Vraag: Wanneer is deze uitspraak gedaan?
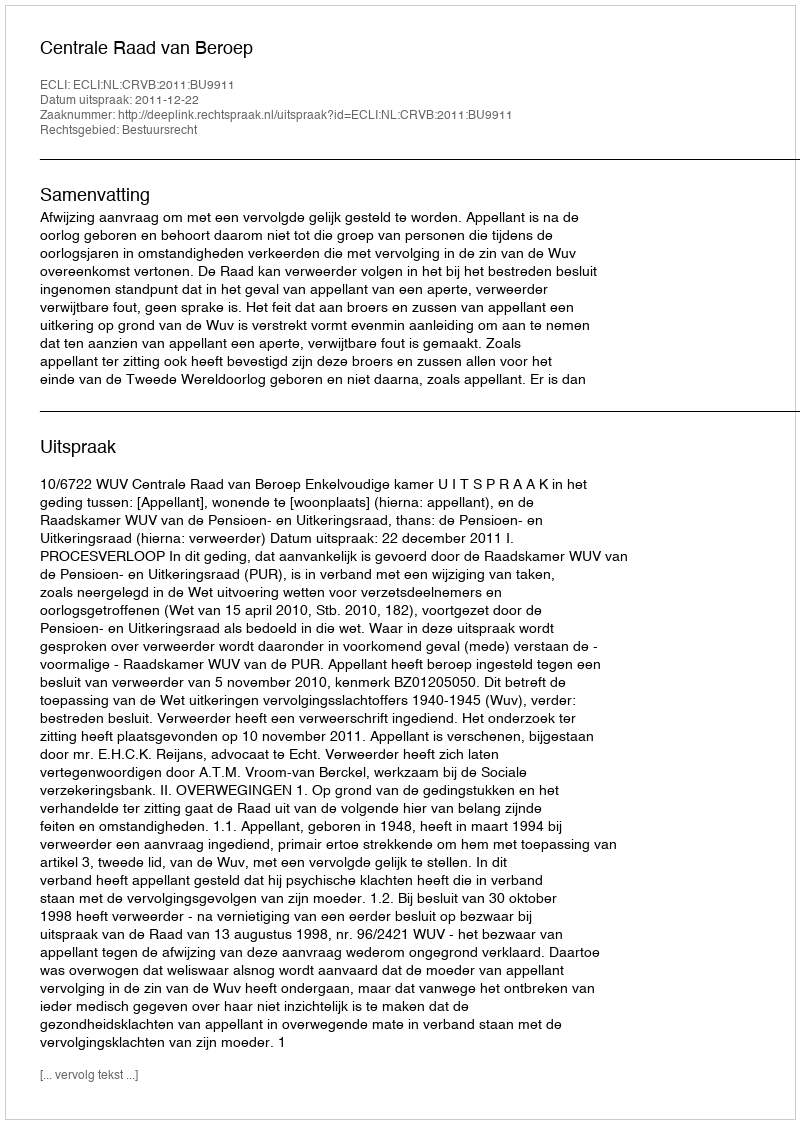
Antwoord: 2011-12-22